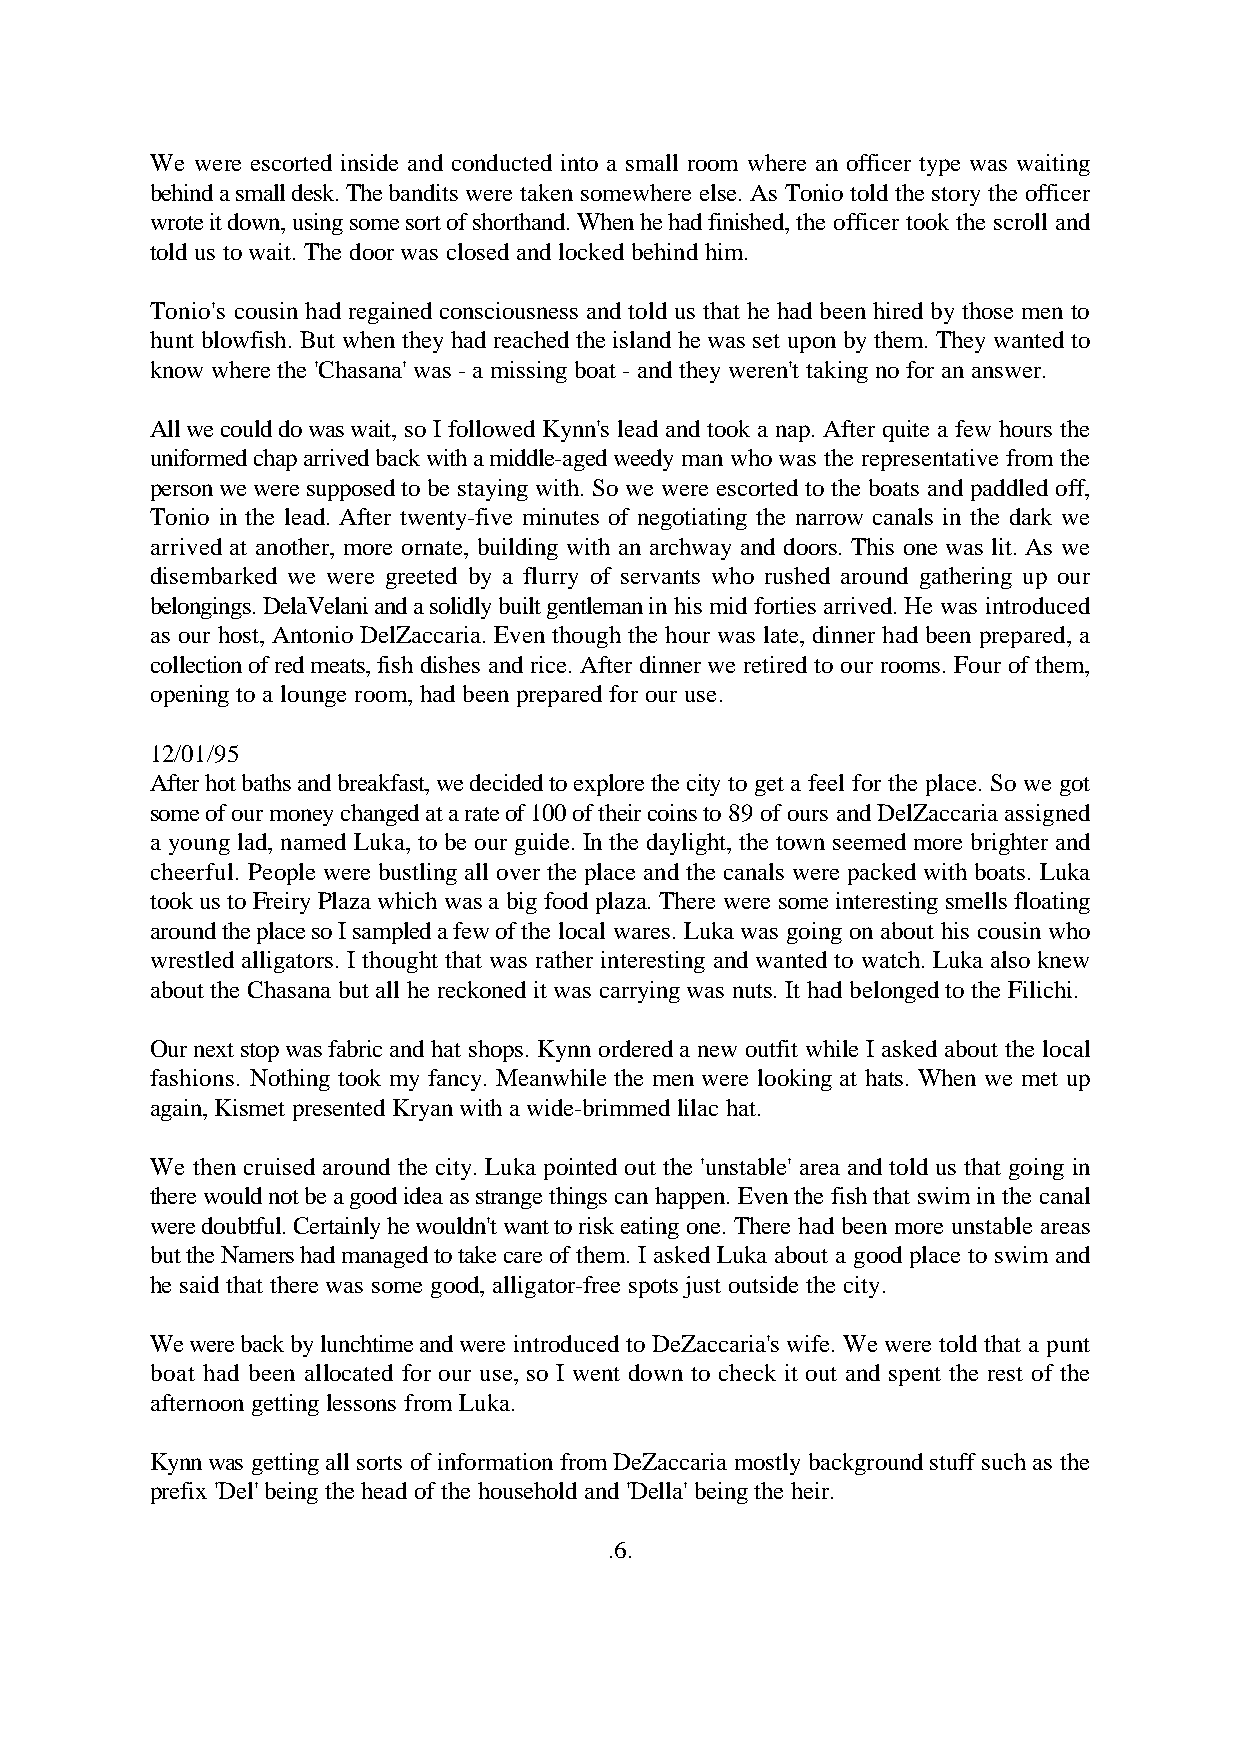
We were escorted inside and conducted into a small room where an officer type was waiting
 behind a small desk. The bandits were taken somewhere else. As Tonio told the story the officer
 wrote it down, using some sort of shorthand. When he had finished, the officer took the scroll and
 told us to wait. The door was closed and locked behind him.
 Tonio's cousin had regained consciousness and told us that he had been hired by those men to
 hunt blowfish. But when they had reached the island he was set upon by them. They wanted to
 know where the 'Chasana' was - a missing boat - and they weren't taking no for an answer.
 All we could do was wait, so I followed Kynn's lead and took a nap. After quite a few hours the
 uniformed chap arrived back with a middle-aged weedy man who was the representative from the
 person we were supposed to be staying with. So we were escorted to the boats and paddled off,
 Tonio in the lead. After twenty-five minutes of negotiating the narrow canals in the dark we
 arrived at another, more ornate, building with an archway and doors. This one was lit. As we
 disembarked we were greeted by a flurry of servants who rushed around gathering up our
 belongings. DelaVelani and a solidly built gentleman in his mid forties arrived. He was introduced
 as our host, Antonio DelZaccaria. Even though the hour was late, dinner had been prepared, a
 collection of red meats, fish dishes and rice. After dinner we retired to our rooms. Four of them,
 opening to a lounge room, had been prepared for our use.
 12/01/95
 After hot baths and breakfast, we decided to explore the city to get a feel for the place. So we got
 some of our money changed at a rate of 100 of their coins to 89 of ours and DelZaccaria assigned
 a young lad, named Luka, to be our guide. In the daylight, the town seemed more brighter and
 cheerful. People were bustling all over the place and the canals were packed with boats. Luka
 took us to Freiry Plaza which was a big food plaza. There were some interesting smells floating
 around the place so I sampled a few of the local wares. Luka was going on about his cousin who
 wrestled alligators. I thought that was rather interesting and wanted to watch. Luka also knew
 about the Chasana but all he reckoned it was carrying was nuts. It had belonged to the Filichi.
 Our next stop was fabric and hat shops. Kynn ordered a new outfit while I asked about the local
 fashions. Nothing took my fancy. Meanwhile the men were looking at hats. When we met up
 again, Kismet presented Kryan with a wide-brimmed lilac hat.
 We then cruised around the city. Luka pointed out the 'unstable' area and told us that going in
 there would not be a good idea as strange things can happen. Even the fish that swim in the canal
 were doubtful. Certainly he wouldn't want to risk eating one. There had been more unstable areas
 but the Namers had managed to take care of them. I asked Luka about a good place to swim and
 he said that there was some good, alligator-free spots just outside the city.
 We were back by lunchtime and were introduced to DeZaccaria's wife. We were told that a punt
 boat had been allocated for our use, so I went down to check it out and spent the rest of the
 afternoon getting lessons from Luka.
 Kynn was getting all sorts of information from DeZaccaria mostly background stuff such as the
 prefix 'Del' being the head of the household and 'Della' being the heir.
 .6.